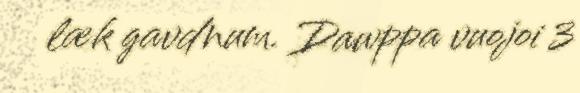
læk gavdnum. Dawppa vuojoi 3